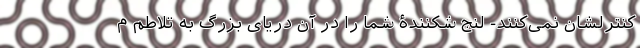
کنترلشان نمی‌کنند‌- لنج شکنندۀ شما را در آن دریای بزرگ به تلاطم م